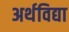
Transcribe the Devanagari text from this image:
अर्थविद्या